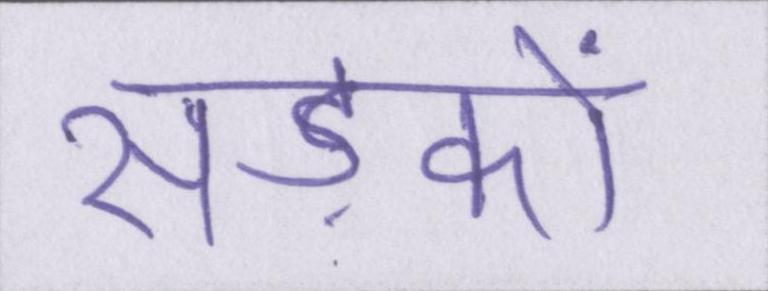
सड़कों